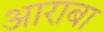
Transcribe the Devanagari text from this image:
आराबा